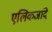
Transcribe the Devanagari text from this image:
एलिकजांदे